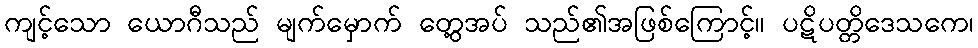
ကျင့်သော ယောဂီသည် မျက်မှောက် တွေ့အပ် သည်၏အဖြစ်ကြောင့်။ ပဋိပတ္တိဒေသကေ၊